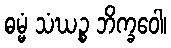
ဓမ္မံ သံဃဉ္စ ဘိက္ခဝေါ၊